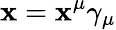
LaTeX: \mathbf{x}=\mathbf{x}^{\mu}\gamma_{\mu}